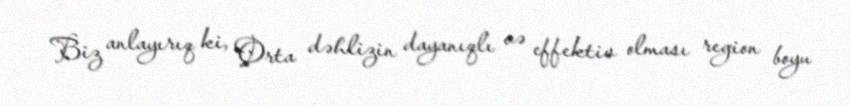
Biz anlayırıq ki, Orta dəhlizin dayanıqlı və effektiv olması region boyu